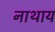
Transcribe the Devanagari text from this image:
नाथाय